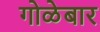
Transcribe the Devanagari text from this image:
गोळेबार